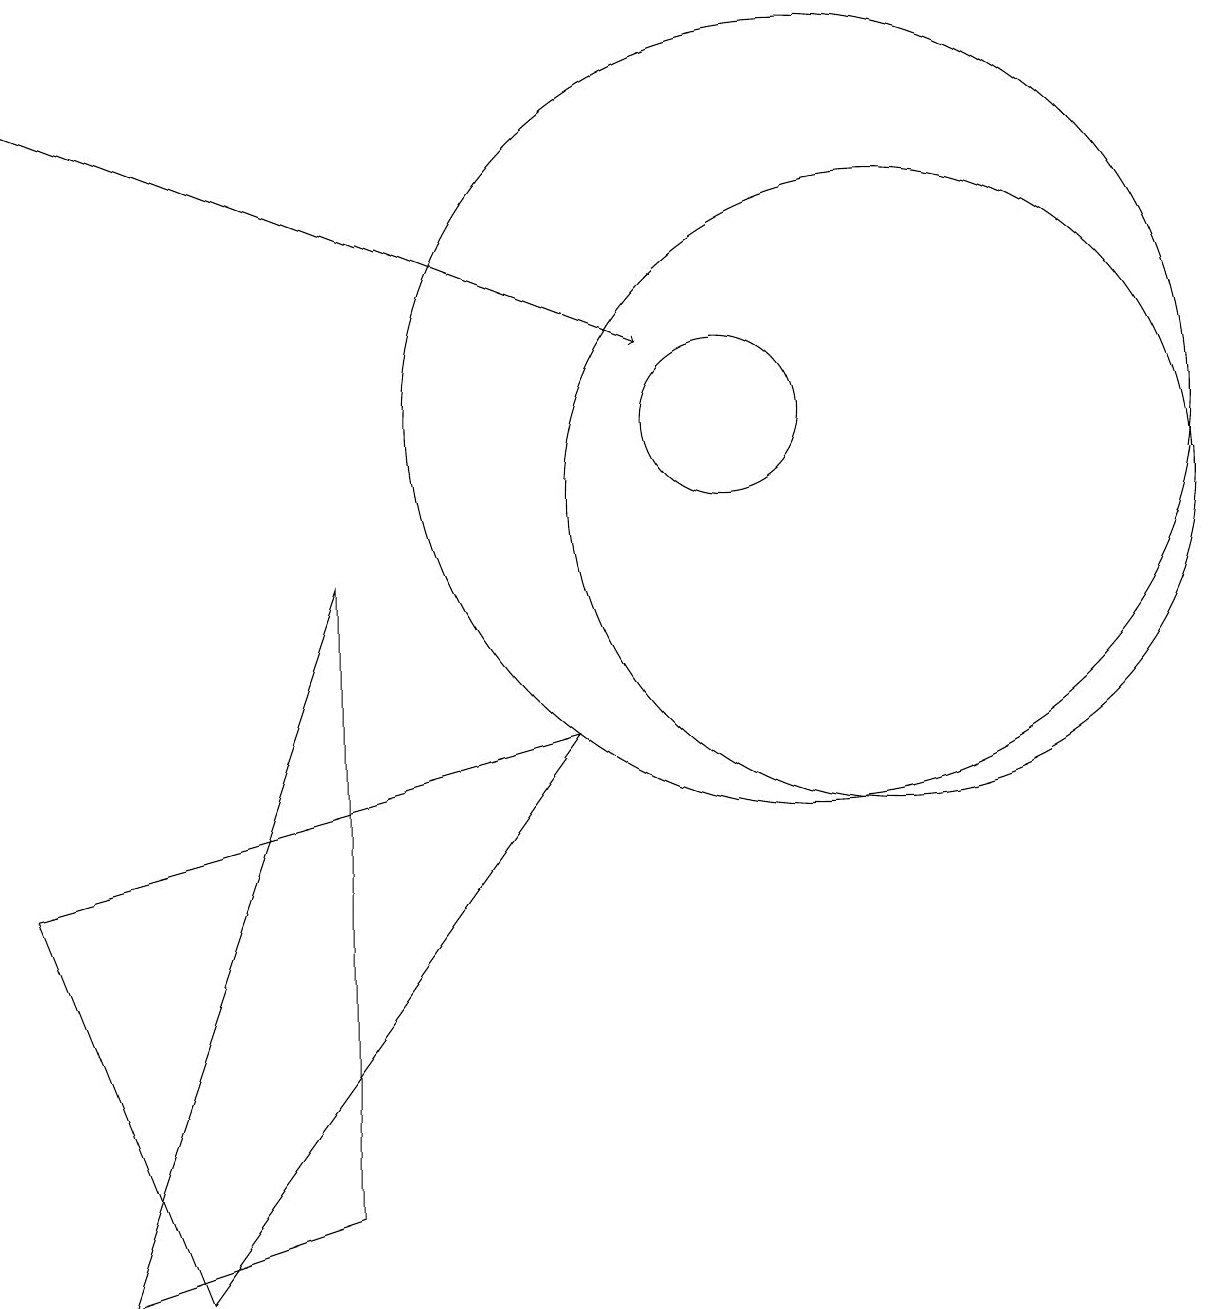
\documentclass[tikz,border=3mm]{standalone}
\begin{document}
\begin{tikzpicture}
\draw (12,10) circle (4);
\draw (8,7) -- (3,0) -- (1,5) -- cycle;
\draw (10,11) circle (1);
\draw (11,11) circle (5);
\draw (5,9) -- (2,0) -- (5,1) -- cycle;
\draw[->] (1,15) -- (9,12);
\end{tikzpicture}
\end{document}